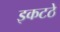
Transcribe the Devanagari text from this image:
इकटठे